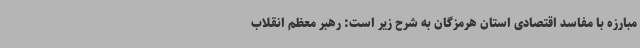
مبارزه با مفاسد اقتصادی استان هرمزگان به شرح زیر است: رهبر معظم انقلاب